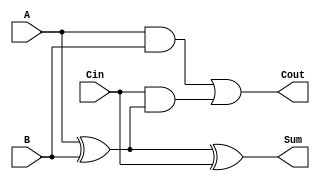
module LowPowerFullAdder (
    input wire A,     // First input bit
    input wire B,     // Second input bit
    input wire Cin,   // Carry-in bit
    output wire Sum,  // Resulting sum bit
    output wire Cout   // Carry-out bit
);

// Internal signals for intermediate calculations
wire A_xor_B; // Intermediate signal for A  B

// Calculate Sum = A  B  Cin
assign A_xor_B = A ^ B; // First XOR
assign Sum = A_xor_B ^ Cin; // Second XOR

// Calculate Cout = (A AND B) OR (Cin AND (A  B))
assign Cout = (A & B) | (Cin & A_xor_B); // Logic for carry-out

endmodule